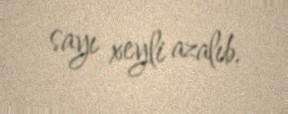
sayı xeyli azalıb.